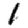
Digit: 1